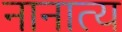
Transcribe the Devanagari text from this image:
नानात्य